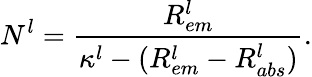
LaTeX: N_{}^{l}=\frac{R_{em}^{l}}{\kappa^{l}-(R_{em}^{l}-R_{abs}^{l})}.